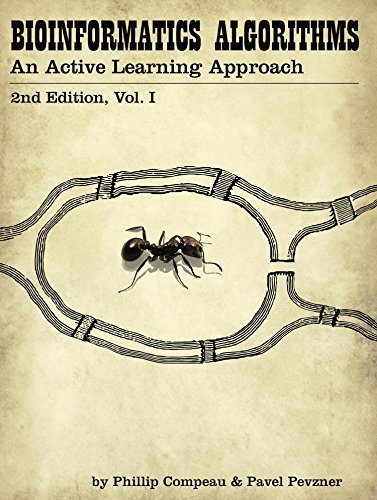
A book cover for Bioinformatics Algorithms: An Active Learning Approach, 2nd Ed. Vol. 1; Phillip Compeau; Computers & Technology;